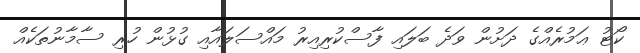
ކޯޓު ޢަމުރެއްގެ ދަށުން ވަދެ ބަލައި ފާސްކުރިއިރު މައްސަލައާއި ގުޅުން ހުރި ސާމާނުތަކެއް